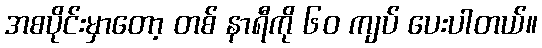
အစပိုင်းမှာတော့ တစ် နာရီကို ၆၀ ကျပ် ပေးပါတယ်။